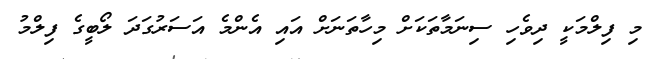
މި ފިލްމަކީ ދިވެހި ސިނަމާތަކަށް މިހާތަނަށް އައި އެންމެ އަސަރުގަދަ ލޯބީގެ ފިލްމު